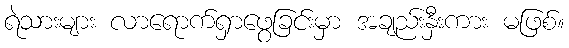
ရဲသားများ လာရောက်ရှာဖွေခြင်းမှာ အချည်းနှီးကား မဖြစ်။